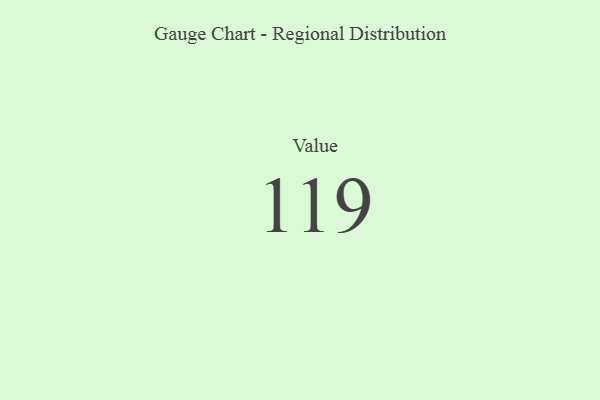
{"axis": {"x": "Metric", "y": "Value"}, "legend": [""], "data": [{"x": "Value", "y": 119, "type": ""}]}